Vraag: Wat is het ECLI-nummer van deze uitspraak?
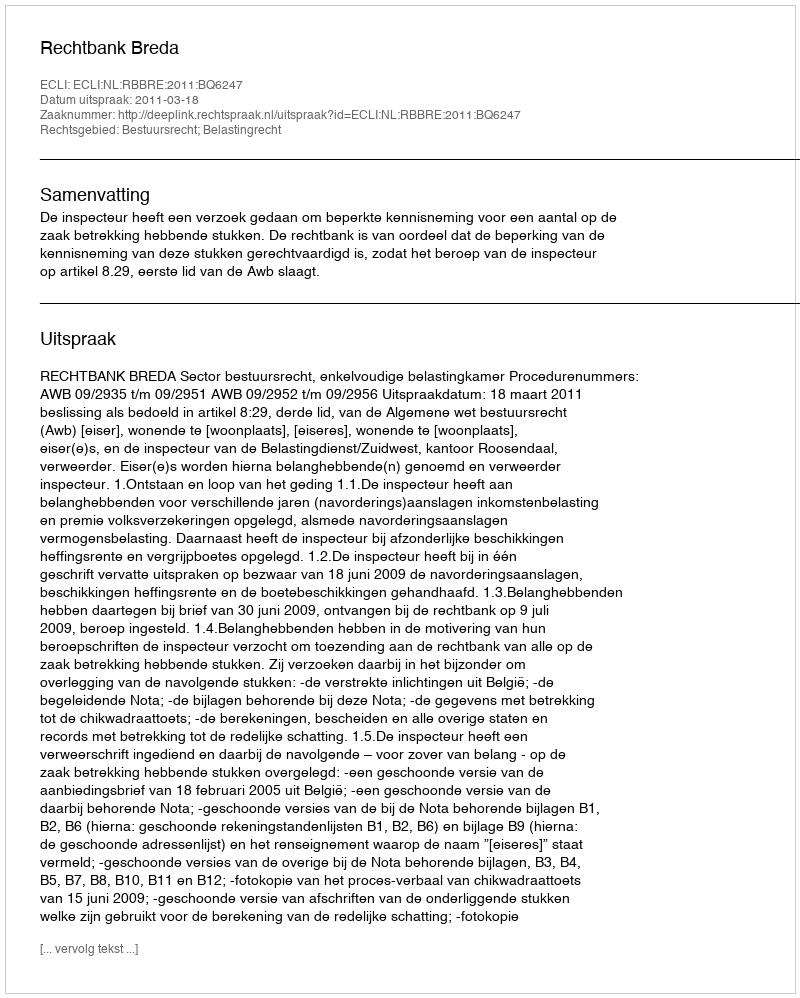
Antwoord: ECLI:NL:RBBRE:2011:BQ6247